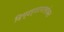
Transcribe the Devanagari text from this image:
दिग्दर्शानासोबत